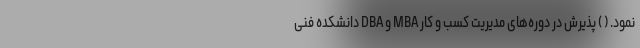
نمود. ( ) پذیرش در دوره‌های مدیریت کسب و کار MBA و DBA دانشکده فنی